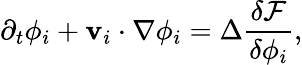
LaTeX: \partial_{t}\phi_{i}+\mathbf{v}_{i}\cdot\nabla\phi_{i}=\Delta\frac{\delta\mathcal{F}}{\delta\phi_{i}},